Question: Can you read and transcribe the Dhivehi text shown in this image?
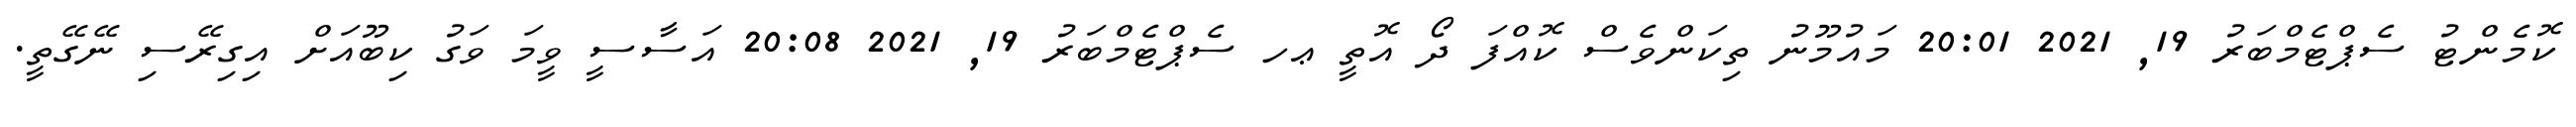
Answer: ކޮމެންޓު ސެޕްޓެމްބަރު 19, 2021 20:01 މައުމޫނު ތިކަންވެސް ކޮއްފަ ދޯ އޮތީ ޢހ ސެޕްޓެމްބަރު 19, 2021 20:08 އަސާސީ ވީމަ ވަގު ކިބޫއަށް އިގިރޭސި ނޭގޭތީ.